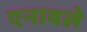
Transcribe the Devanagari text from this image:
एनावले